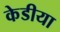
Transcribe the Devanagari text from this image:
केडीया